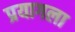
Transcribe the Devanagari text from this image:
प्रयागला